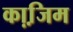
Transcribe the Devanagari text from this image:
का़जि़म